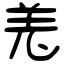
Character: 𦍑